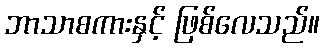
ဘာသာစကားနှင့် ဖြစ်လေသည်။